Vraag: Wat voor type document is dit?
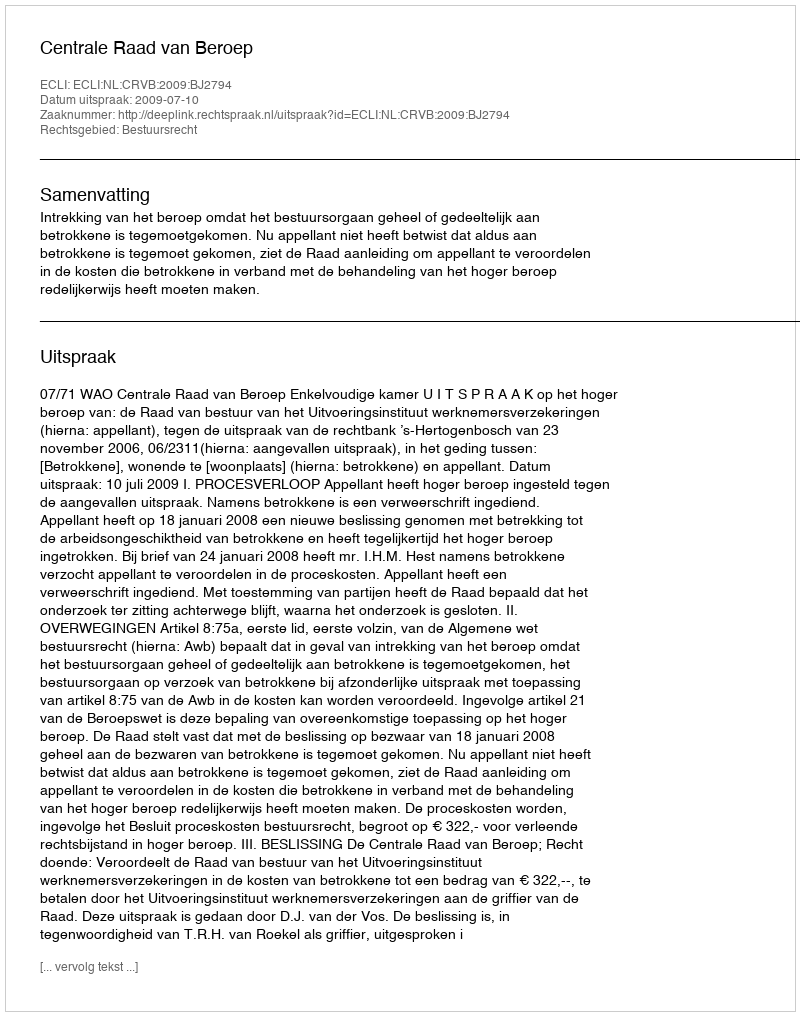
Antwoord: Uitspraak